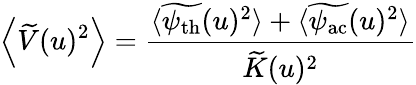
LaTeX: \left\langle\widetilde{V}(u)^{2}\right\rangle=\frac{\langle\widetilde{\psi_{\mathrm{th}}}(u)^{2}\rangle+\langle\widetilde{\psi_{\mathrm{ac}}}(u)^{2}\rangle}{\widetilde{K}(u)^{2}}